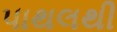
પાથલથી